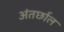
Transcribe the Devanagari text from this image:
अंतर्छाल